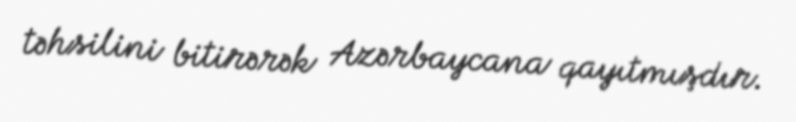
təhsilini bitirərək Azərbaycana qayıtmışdır.